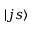
| j s \rangle